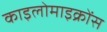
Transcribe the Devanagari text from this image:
काइलोमाइक्रोंस